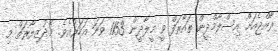
ރާއްޖެއަށް އިސްލާމްދީން ތައާރަފް ވީ މީލާދީން 1153 ވަނަ އަހަރުއެވެ. މެދުޒިޔާރަތް މި